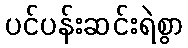
ပင်ပန်းဆင်းရဲစွာ